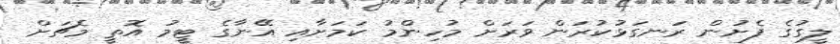
ލީގުގެ ފެށުން ރަނގަޅުކުރަން ވަރަށް މުހިންމު ކަމަށާއި އޭނާގެ ޓީމު އޮތީ މެޗަށް